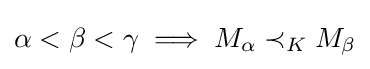
\alpha <\beta <\gamma \implies M_{\alpha }\prec _{K}M_{\beta }